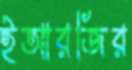
ইআরজির